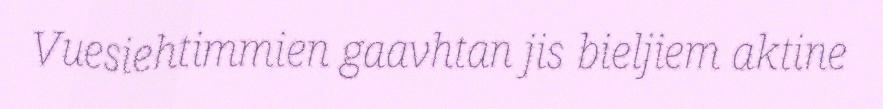
Vuesiehtimmien gaavhtan jis bieljiem aktine